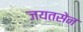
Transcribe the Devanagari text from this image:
जयतसेन